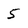
Character: 5